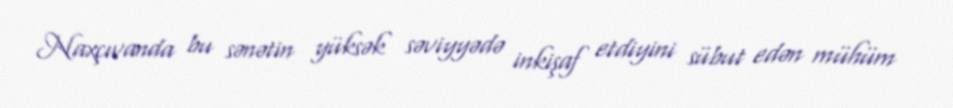
Naxçıvanda bu sənətin yüksək səviyyədə inkişaf etdiyini sübut edən mühüm